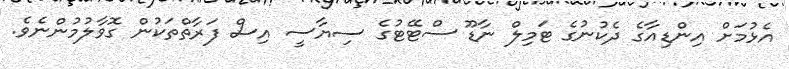
އެޅުމަށް އިންޑިއާގެ ދެކުނުގެ ޓަމިލް ނާޑޫ ސްޓޭޓުގެ ސިޔާސީ އިސް ފަރާތްތަކުން ގޮވާލުމުންނެވެ.